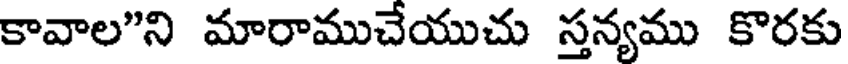
కావాల"ని మారాముచేయుచు స్తన్యము కొరకు